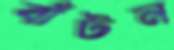
বাঁটন